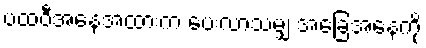
ပထဝီအနေအထားက ပေးလာသမျှ အခြေအနေကို